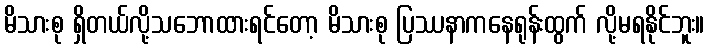
မိသားစု ရှိတယ်လို့သဘောထားရင်တော့ မိသားစု ပြဿနာကနေရုန်းထွက် လို့မရနိုင်ဘူး။